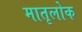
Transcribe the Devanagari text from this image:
मातृलोक